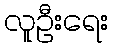
လူဦးရေး